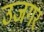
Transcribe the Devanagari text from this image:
उजगर